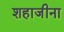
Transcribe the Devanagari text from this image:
शहाजीना